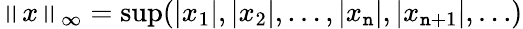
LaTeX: \left\| x\right\| _{\infty}=\operatorname*{sup}(|x_{1}|,|x_{2}|,\dotsc,|x_{\mathtt{n}}|,|x_{\mathtt{n}+1}|,\ldots)